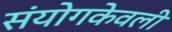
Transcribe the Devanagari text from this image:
संयोगकेवली